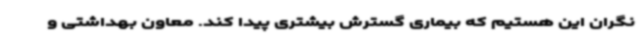
نگران این هستیم که بیماری گسترش بیشتری پیدا کند. معاون بهداشتی و